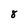
Character: 8